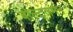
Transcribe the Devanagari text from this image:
बोल्ट्जमन